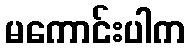
မကောင်းပါက